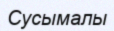
Сусымалы